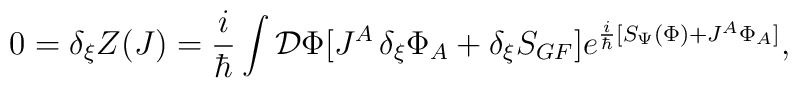
0=\delta_{\xi}Z(J)=\frac{i}{\hbar}  \int {\cal{D}}\Phi [J^A \, \delta_{\xi}\Phi_A+ \delta_{\xi} S_{GF}]  e^{\frac{i}{\hbar} [S_{\Psi}(\Phi)+J^A\Phi_A ]},